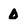
Character: 0